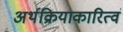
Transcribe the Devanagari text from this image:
अर्थक्रियाकारित्वं